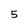
Character: 5